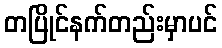
တပြိုင်နက်တည်းမှာပင်